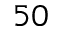
5 0